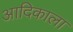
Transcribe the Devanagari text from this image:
आदिकाला